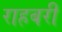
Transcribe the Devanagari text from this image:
राहबरी